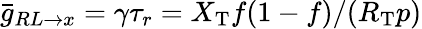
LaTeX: \bar{g}_{RL\to x}=\gamma\tau_{r}=X_{\mathrm{T}}f(1-f)/(R_{\mathrm{T}}p)